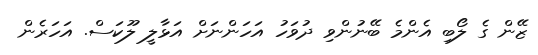
ޒޭން ގެ ލޯބި އެންމެ ބޭނުންވި ދުވަހު އަހަންނަށް އަޅާލީ ލޫކަސް. އަހަރެން